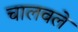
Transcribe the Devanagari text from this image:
चालवले